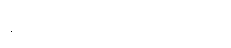
နည်းကျတော့ မမြင်ဘူး။